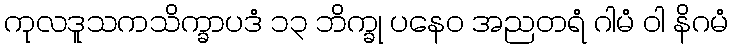
ကုလဒူသကသိက္ခာပဒံ ၁၃ ဘိက္ခု ပနေဝ အညတရံ ဂါမံ ဝါ နိဂမံ